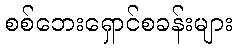
စစ်ဘေးရှောင်စခန်းများ